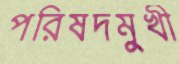
পরিষদমুখী